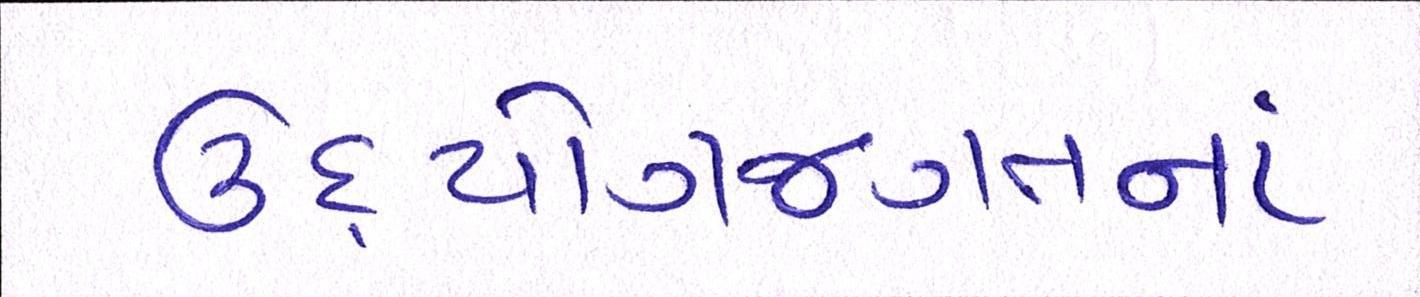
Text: ઉદ્યોગજગતનાં